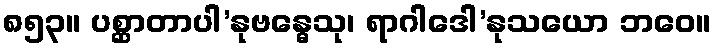
၈၅၃။ ပစ္ဆာတာပါ’နုဗန္ဓေသု၊ ရာဂါဒေါ’နုသယော ဘဝေ။